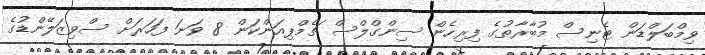
ވިމްބަލްޑަން ޓެނިސް މުބާރާތުގެ ފިރިހެން ސިންގްލްސް ޗެމްޕިއަންކަން 8 ވަނަ ފަހަރަށް ސްވިޒަލޭންޑުގެ